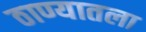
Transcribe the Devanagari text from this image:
ठाण्यातला